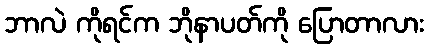
ဘာလဲ ကိုရင်က ဘိုနာပတ်ကို ပြောတာလား